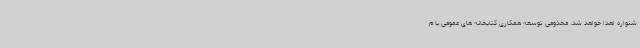
شنواره اهدا خواهد شد. مخدومی توسعه همکاری کتابخانه های عمومی با م